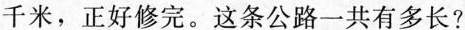
千米，正好修完。这条公路一共有多长?